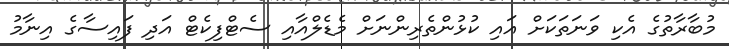
މުބާރާތުގެ އެކި ވަނަތަކަށް އައި ކުޅުންތެރިންނަށް މެޑެލްއާއި ސެޓްފިކެޓް އަދި ފައިސާގެ އިނާމު